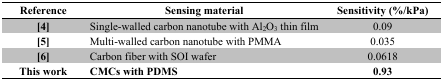
<table><thead><tr><td><b>Reference</b></td><td><b>Sensing material</b></td><td><b>Sensitivity (%/kPa)</b></td></tr></thead><tbody><tr><td>[4]</td><td>Single-walled carbon nanotube with Al<sub>2</sub>O<sub>3</sub> thin film</td><td>0.09</td></tr><tr><td>[5]</td><td>Multi-walled carbon nanotube with PMMA</td><td>0.035</td></tr><tr><td>[6]</td><td>Carbon fiber with SOI wafer</td><td>0.0618</td></tr><tr><td><b>This work</b></td><td><b>CMCs with PDMS</b></td><td><b>0.93</b></td></tr></tbody></table>